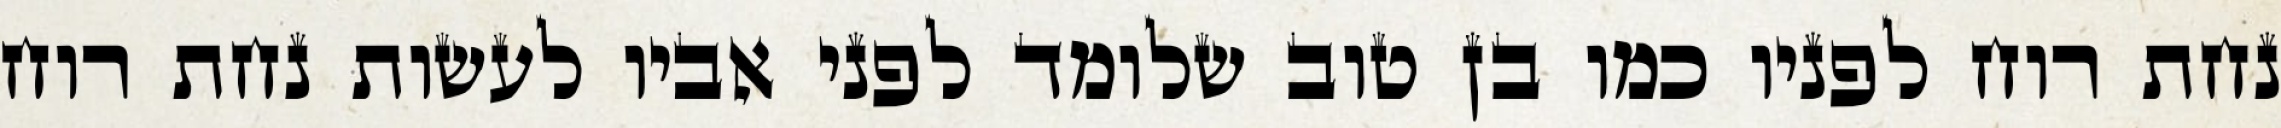
נחת רוח לפניו כמו בן טוב שלומד לפני אביו לעשות נחת רוח